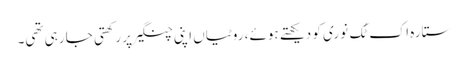
ستارہ اک ٹُک نوری کو دیکھتے ہوئے، روٹیاں اپنی چنگیرپر رکھتی جا رہی تھی۔